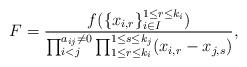
LaTeX: \begin{align*} F=\frac{f(\{x_{i,r}\}_{i\in I}^{1\leq r\leq k_{i}})} {\prod_{i<j}^{a_{ij}\neq 0}\prod_{1\leq r\leq k_{i}}^{1\leq s\leq k_{j}}(x_{i,r}-x_{j,s})},\end{align*}